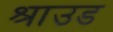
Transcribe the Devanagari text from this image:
श्राउड